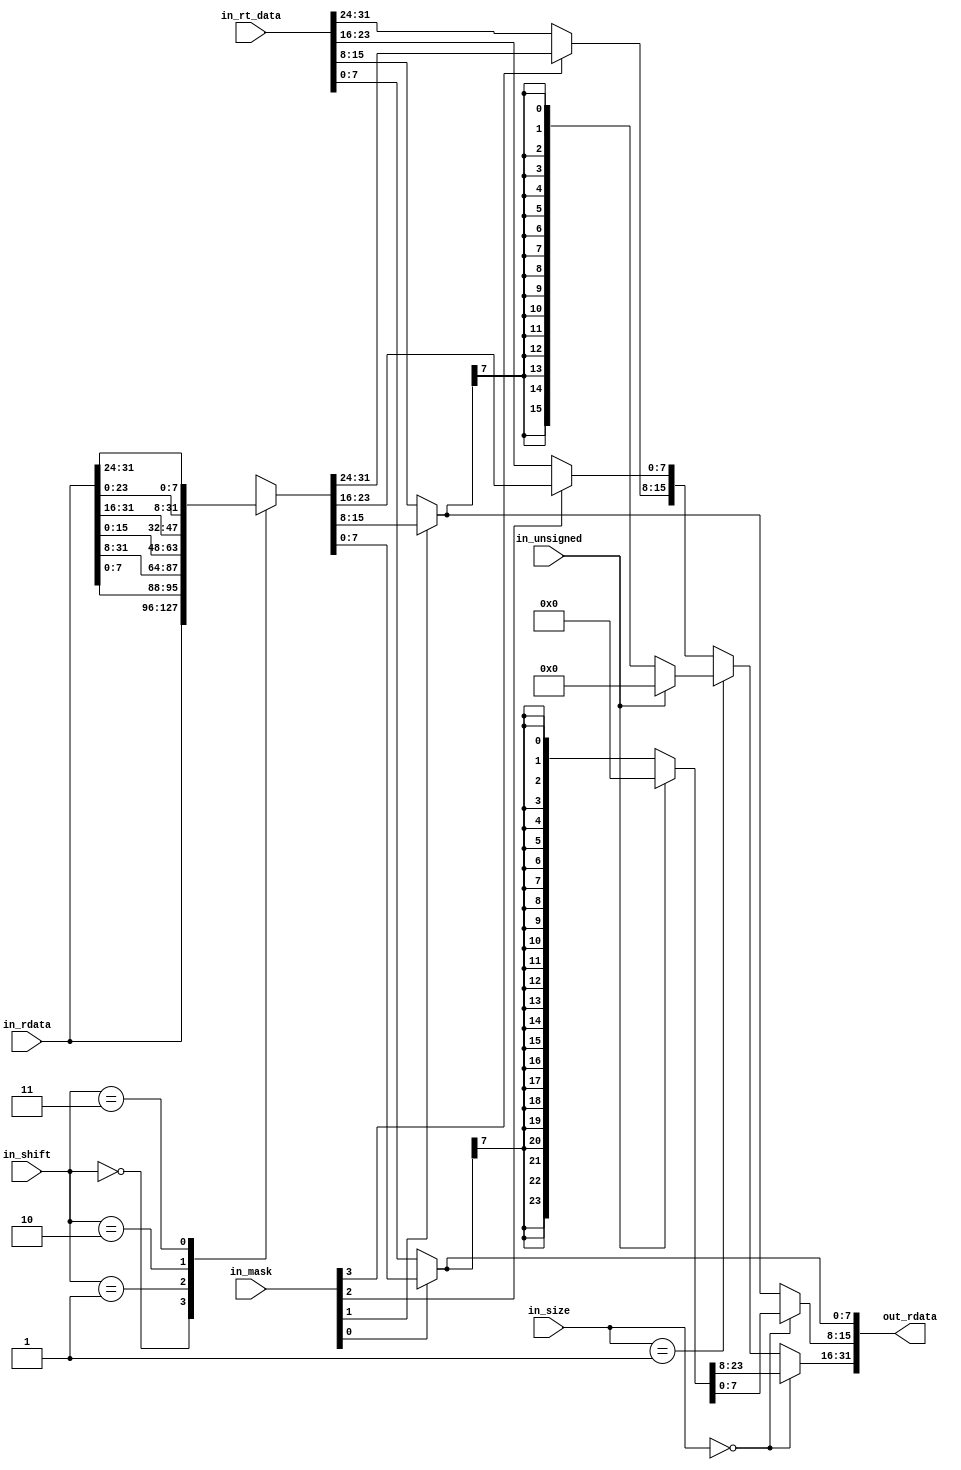
// This program was cloned from: https://github.com/ryuz/jelly
// License: MIT License

// ---------------------------------------------------------------------------
//  Jelly  -- the soft-core processor system
//    MIPS like CPU core
//
//                                  Copyright (C) 2008-2010 by Ryuz
//                                  https://github.com/ryuz/jelly.git
// ---------------------------------------------------------------------------



`timescale       1ns / 1ps
`default_nettype none



// memory access decoder
module jelly_cpu_memdec
        (
            input   wire    [31:0]      in_rdata,
            input   wire    [1:0]       in_size,
            input   wire                in_unsigned,
            input   wire    [3:0]       in_mask,
            input   wire    [1:0]       in_shift,
            input   wire    [31:0]      in_rt_data,
            
            output  wire    [31:0]      out_rdata
        );
        
    reg     [31:0]      tmp_rdata;
    
    always @* begin
        tmp_rdata = in_rdata;
        
        // rotation
        case ( in_shift )
        2'b00: tmp_rdata = tmp_rdata[31:0];
        2'b01: tmp_rdata = {tmp_rdata[7:0], tmp_rdata[31:8]};
        2'b10: tmp_rdata = {tmp_rdata[15:0], tmp_rdata[31:16]};
        2'b11: tmp_rdata = {tmp_rdata[23:0], tmp_rdata[31:24]};
        endcase
        
        // mask
        if ( !in_mask[0] ) begin tmp_rdata[7:0]   = in_rt_data[7:0];   end
        if ( !in_mask[1] ) begin tmp_rdata[15:8]  = in_rt_data[15:8];  end
        if ( !in_mask[2] ) begin tmp_rdata[23:16] = in_rt_data[23:16]; end
        if ( !in_mask[3] ) begin tmp_rdata[31:24] = in_rt_data[31:24]; end
        
        if ( in_size == 2'b00 ) begin
            // byte
            tmp_rdata[31:8]  = in_unsigned ? {24{1'b0}} : {24{tmp_rdata[7]}};
        end
        else if ( in_size == 2'b01 ) begin
            // harf-word
            tmp_rdata[31:16] = in_unsigned ? {16{1'b0}} : {16{tmp_rdata[15]}};
        end
    end
        
    assign out_rdata = tmp_rdata;
        
endmodule



`default_nettype wire



// end of file